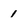
Character: 1